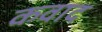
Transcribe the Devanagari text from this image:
कवाद